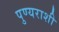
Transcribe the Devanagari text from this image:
पुण्यराशी